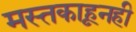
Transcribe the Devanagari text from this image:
मस्तकाहूनही